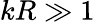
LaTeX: kR\gg 1